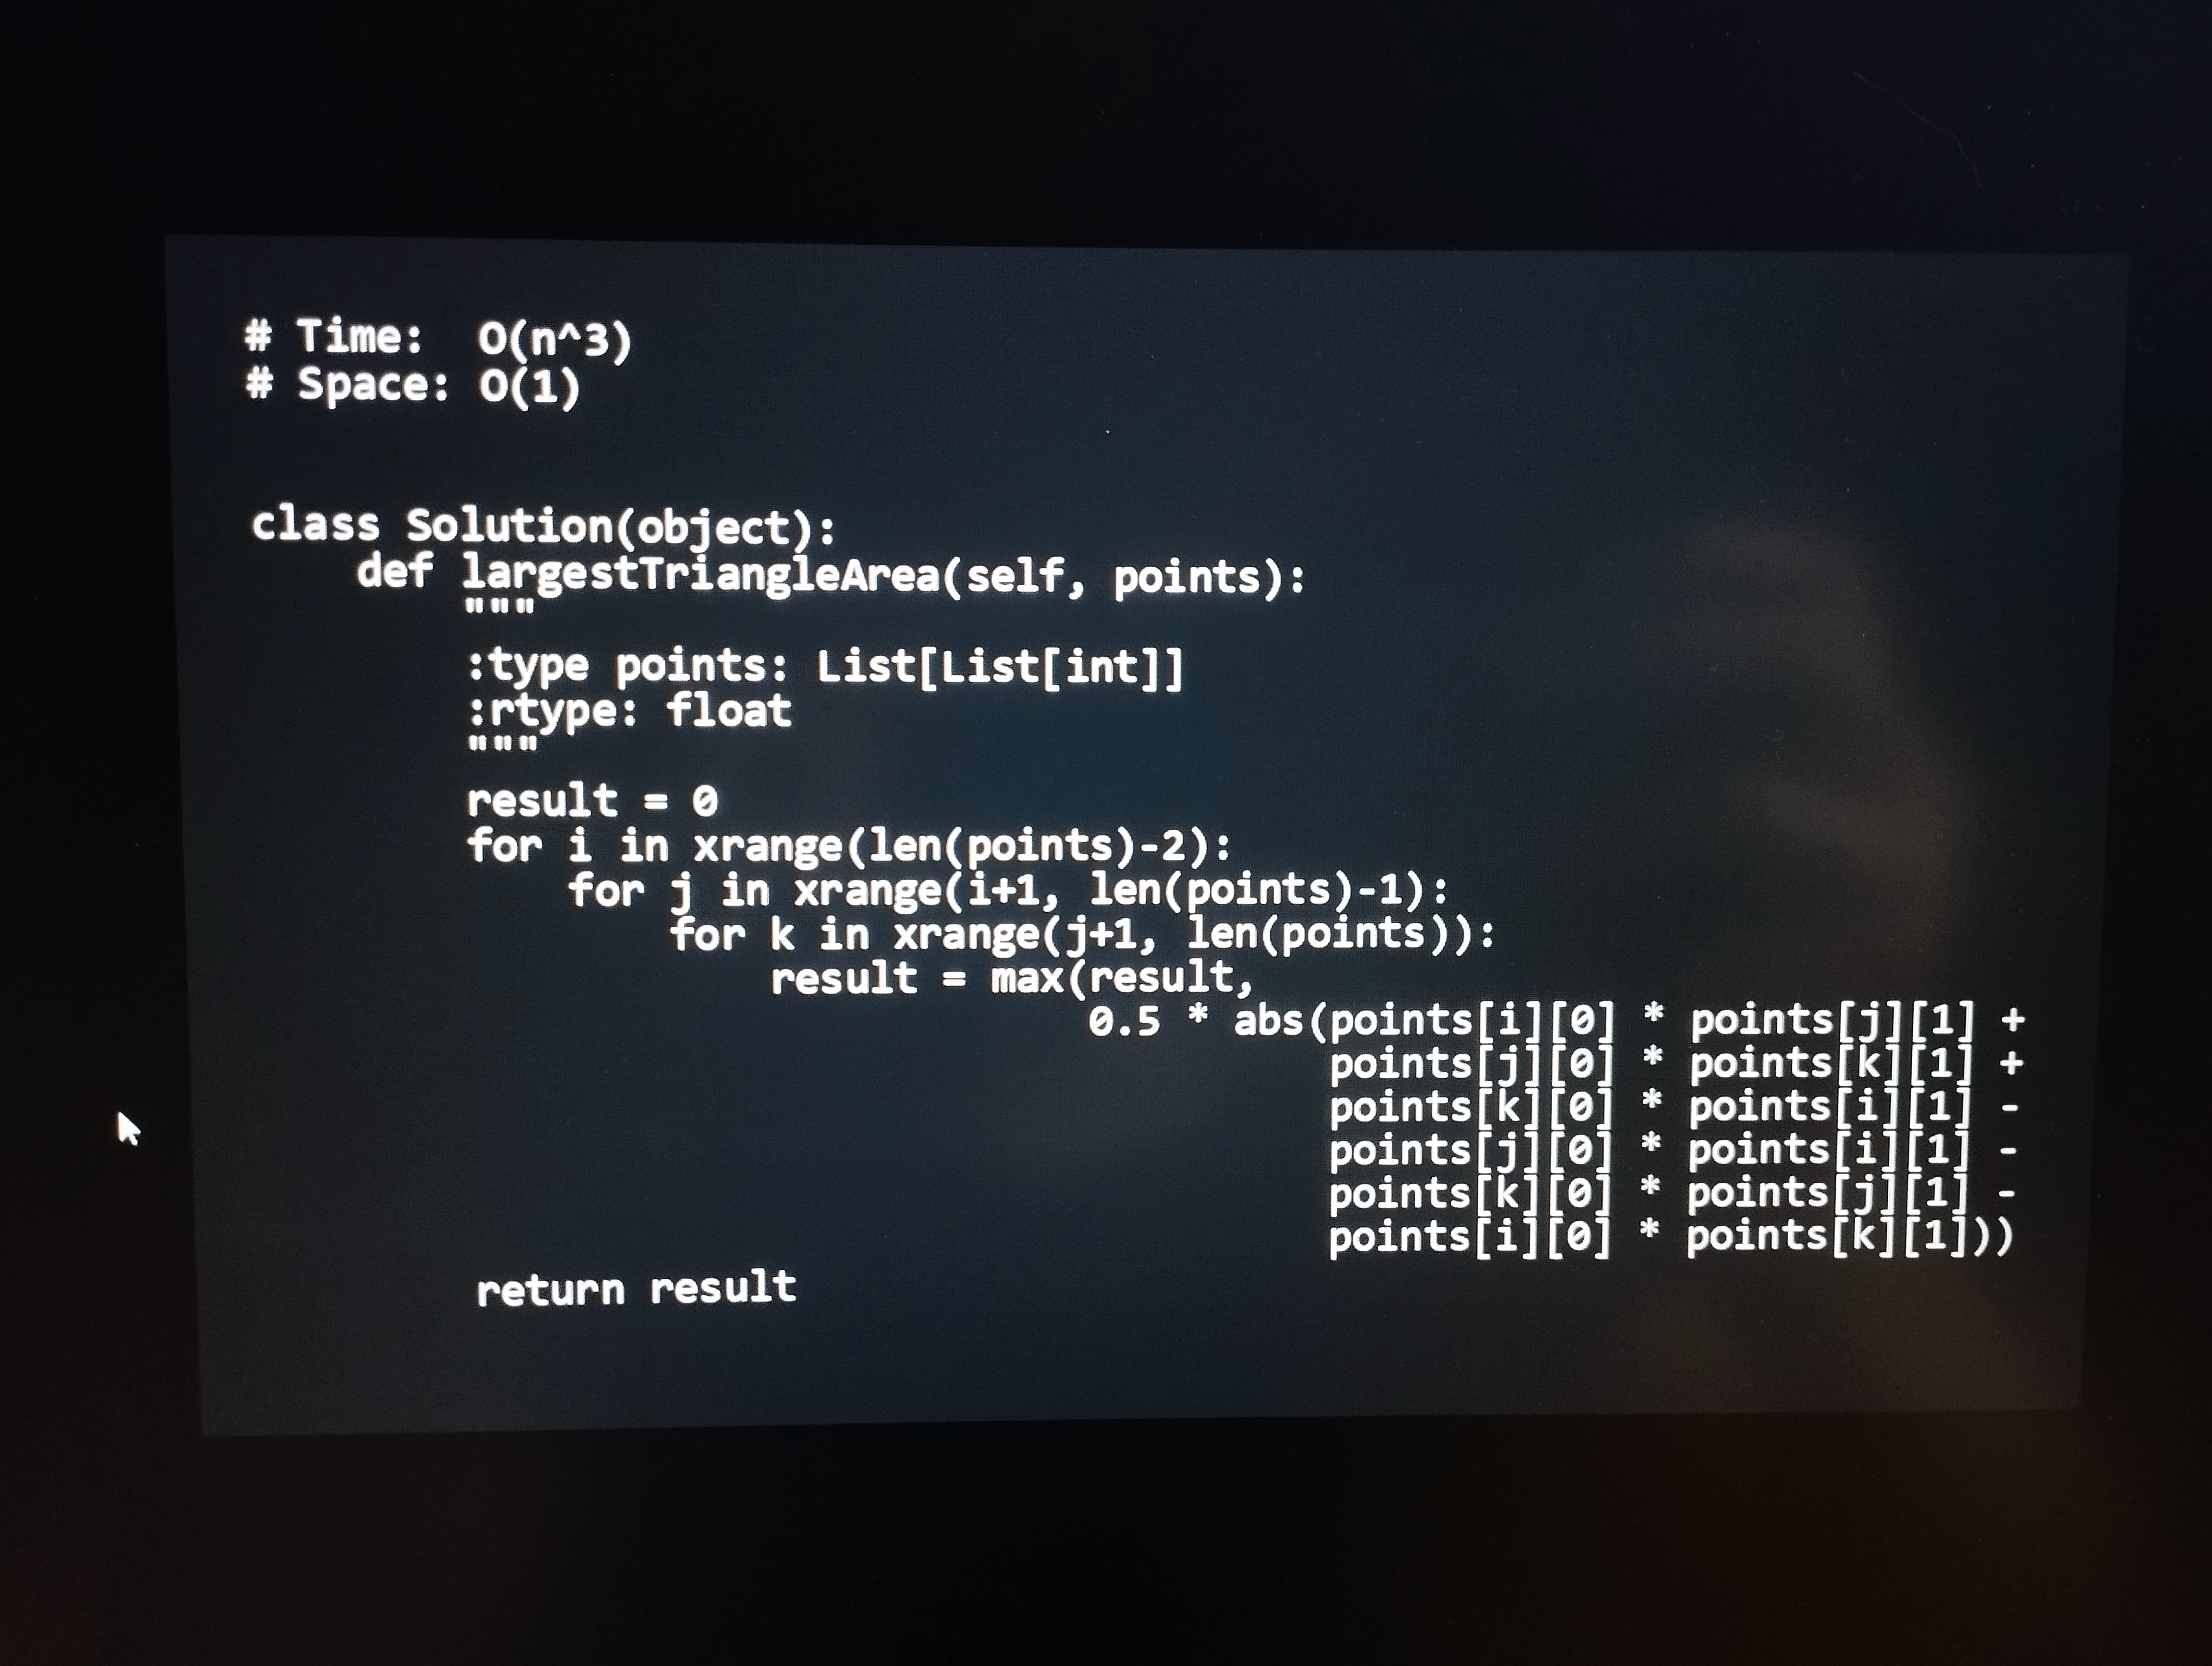
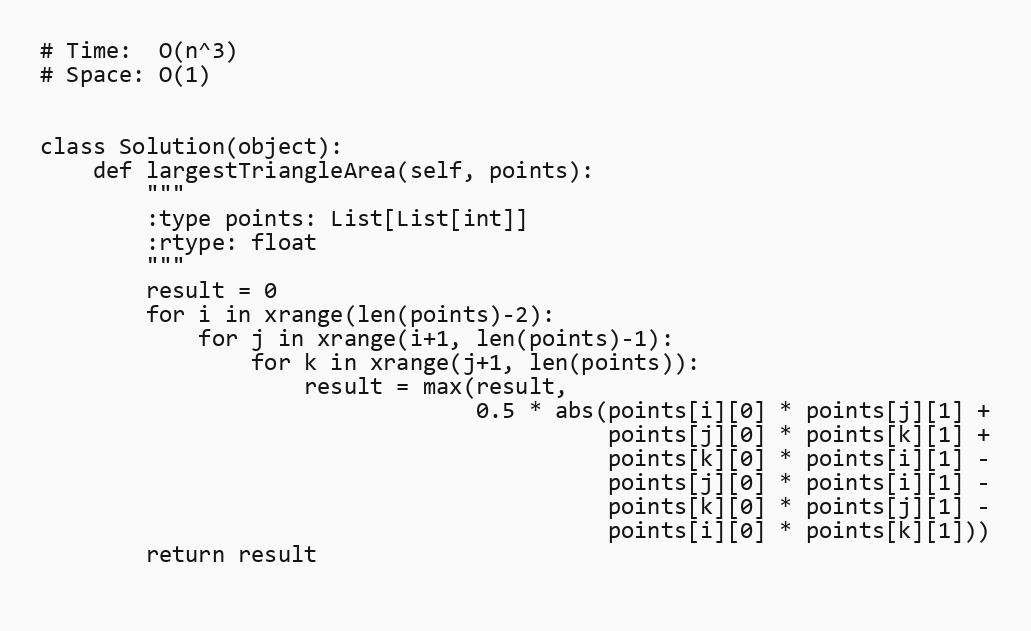
# Time:  O(n^3)
# Space: O(1)

class Solution(object):
    def largestTriangleArea(self, points):
        """
        :type points: List[List[int]]
        :rtype: float
        """
        result = 0
        for i in xrange(len(points)-2):
            for j in xrange(i+1, len(points)-1):
                for k in xrange(j+1, len(points)):
                    result = max(result,
                                 0.5 * abs(points[i][0] * points[j][1] +
                                           points[j][0] * points[k][1] +
                                           points[k][0] * points[i][1] -
                                           points[j][0] * points[i][1] -
                                           points[k][0] * points[j][1] -
                                           points[i][0] * points[k][1]))
        return result